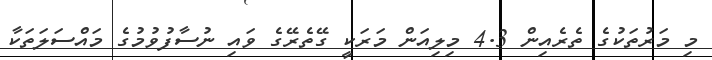
މި މަރުތަކުގެ ތެރެއިން 4.3 މިލިއަން މަރަކީ ގޭތެރޭގެ ވައި ނުސާފުވުމުގެ މައްސަލަތަކާ